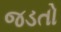
જડતો